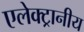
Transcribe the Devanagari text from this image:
एलेक्ट्रानीय